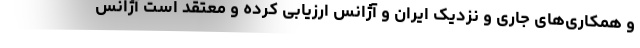
و همکاری‌های جاری و نزدیک ایران و آژانس ارزیابی کرده و معتقد است آژانس